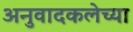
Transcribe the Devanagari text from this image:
अनुवादकलेच्या